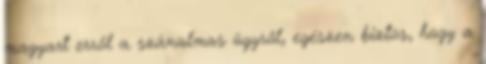
magyart erről a szánalmas ügyről, egészen biztos, hogy a